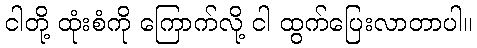
ငါတို့ ထုံးစံကို ကြောက်လို့ ငါ ထွက်ပြေးလာတာပါ။